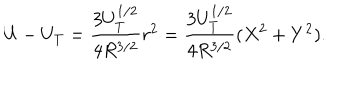
LaTeX: U - U _ { T } = \frac { 3 U _ { T } ^ { 1 / 2 } } { 4 R ^ { 3 / 2 } } r ^ { 2 } = \frac { 3 U _ { T } ^ { 1 / 2 } } { 4 R ^ { 3 / 2 } } ( X ^ { 2 } + Y ^ { 2 } ) .